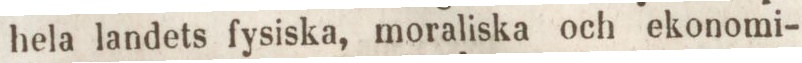
hela landets fysiska, moraliska och ekonomi-